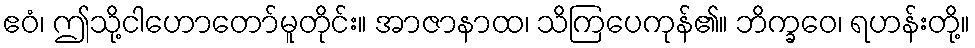
ဧဝံ၊ ဤသို့ငါဟောတော်မူတိုင်း။ အာဇာနာထ၊ သိကြပေကုန်၏။ ဘိက္ခဝေ၊ ရဟန်းတို့။